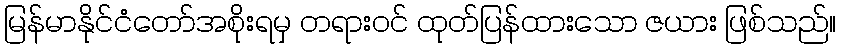
မြန်မာနိုင်ငံတော်အစိုးရမှ တရားဝင် ထုတ်ပြန်ထားသော ဇယား ဖြစ်သည်။